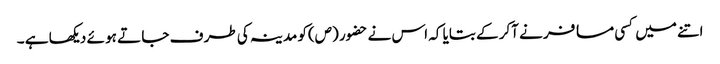
اتنے میں کسی مسا فر نے آکر کے بتایا کہ اس نے حضور (ص)کو مدینہ کی طر ف جا تے ہو ئے دیکھا ہے ۔